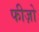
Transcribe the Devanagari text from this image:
फीज़ो